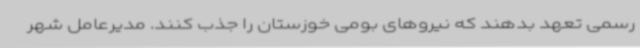
رسمی تعهد بدهند که نیروهای بومی خوزستان را جذب کنند. مدیرعامل شهر